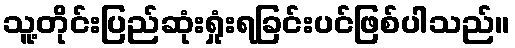
သူ့တိုင်းပြည်ဆုံးရှုံးရခြင်းပင်ဖြစ်ပါသည်။